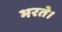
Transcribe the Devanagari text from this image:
भरते।